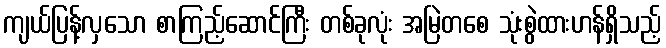
ကျယ်ပြန့်လှသော စာကြည့်ဆောင်ကြီး တစ်ခုလုံး အမြဲတစေ သုံးစွဲထားဟန်ရှိသည့်